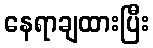
နေရာချထားပြီး